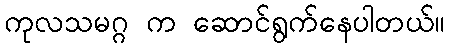
ကုလသမဂ္ဂ က ဆောင်ရွက်နေပါတယ်။